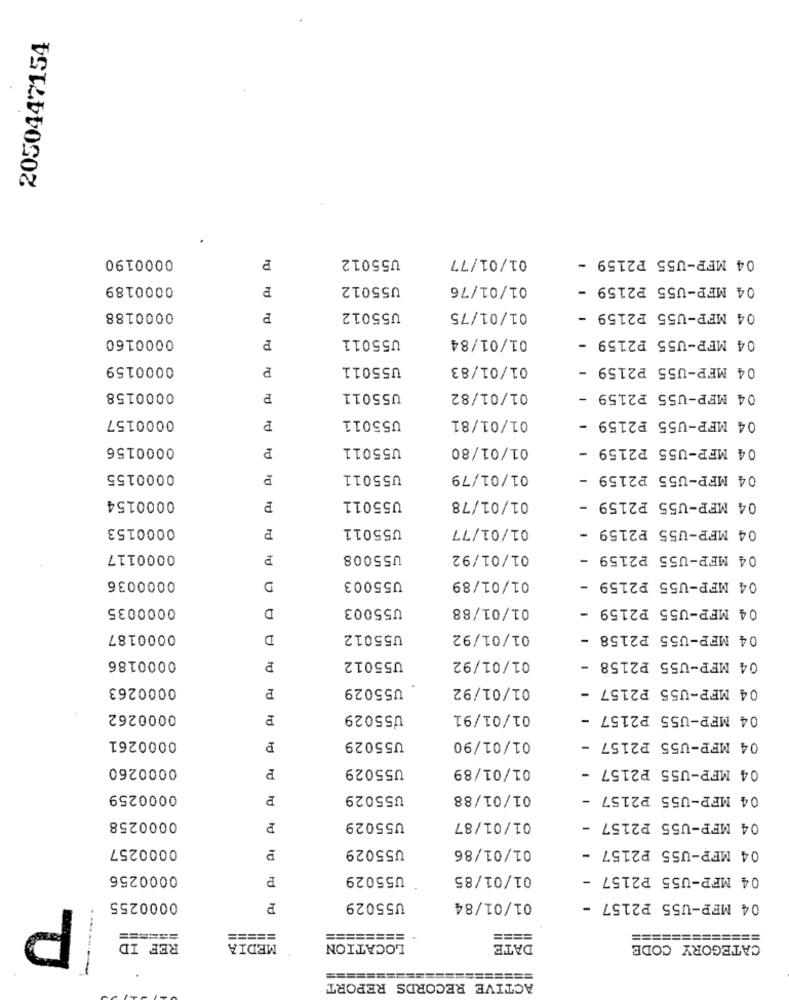
2050447154
0000190
U55012
01/01/77
04 MFP-U55 P2159 -
0000189
P
U55012
01/01/76
04 MFP-U55 P2159 -
0000188
P
U55012
01/01/75
04 MFP-U55 P2159 -
0000160
P
U55011
01/01/84
04 MFP-U55 P2159 -
0000159
P
U55011
01/01/83
04 MFP-U55 P2159 -
0000158
P
U55011
01/01/82
04 MFP-U55 P2159 -
0000157
U55011
01/01/81
04 MFP-U55 P2159 -
P
0000156
P
U55011
01/01/80
04 MFP-U55 P2159 -
0000155
U55011
01/01/79
04 MFP-U55 P2159 -
0000154
01/01/78
U55011
04 MFP-U55 P2159 -
0000153
U55011
01/01/77
04 MFP-U55 P2159
0000117
P
U55008
01/01/92
04 MFP-U55 P2159 -
0000036
04 MFP-U55 P2159 -
D
U55003
01/01/89
0000035
D
U55003
01/01/88
04 MFP-U55 P2159 -
0000187
D
U55012
01/01/92
04 MFP-U55 P2158 -
0000186
01/01/92
U55012
04 MFP-U55 P2158
0000263
P
. U55029
01/01/92
04 MFP-U55 P2157 -
0000262
P
U55029
01/01/91
04 MFP-U55 P2157 -
0000261
01/01/90
U55029
04 MFP-U55 P2157 -
0000260
P
U55029
01/01/89
04 MFP-U55 P2157 -
0000259
U55029
01/01/88
04 MFP-U55 P2157 -
0000258
U55029
01/01/87
04 MFP-U55 P2157 -
0000257
U55029
01/01/86
04 MFP-U55 P2157 -
0000256
P
U55029
01/01/85
04 MFP-U55 P2157 -
P
0000255
P
U55029
01/01/84
04 MFP-U55 P2157 -
======
=====
========
====
=============
REF ID
MEDIA
LOCATION
DATE
CATEGORY CODE
.....--
=======
ACTIVE RECORDS REPORT